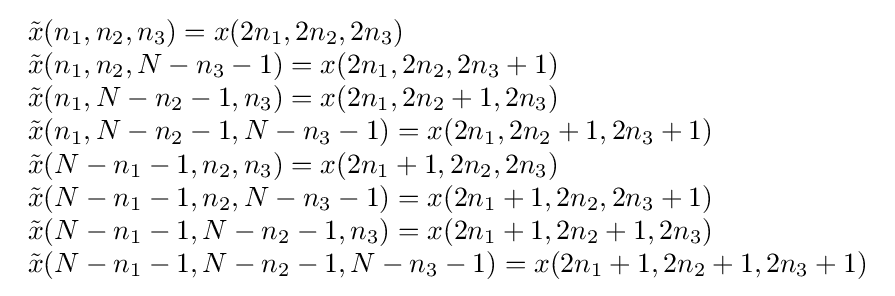
{\begin{array}{lcl}{\tilde {x}}(n_{1},n_{2},n_{3})=x(2n_{1},2n_{2},2n_{3})\\{\tilde {x}}(n_{1},n_{2},N-n_{3}-1)=x(2n_{1},2n_{2},2n_{3}+1)\\{\tilde {x}}(n_{1},N-n_{2}-1,n_{3})=x(2n_{1},2n_{2}+1,2n_{3})\\{\tilde {x}}(n_{1},N-n_{2}-1,N-n_{3}-1)=x(2n_{1},2n_{2}+1,2n_{3}+1)\\{\tilde {x}}(N-n_{1}-1,n_{2},n_{3})=x(2n_{1}+1,2n_{2},2n_{3})\\{\tilde {x}}(N-n_{1}-1,n_{2},N-n_{3}-1)=x(2n_{1}+1,2n_{2},2n_{3}+1)\\{\tilde {x}}(N-n_{1}-1,N-n_{2}-1,n_{3})=x(2n_{1}+1,2n_{2}+1,2n_{3})\\{\tilde {x}}(N-n_{1}-1,N-n_{2}-1,N-n_{3}-1)=x(2n_{1}+1,2n_{2}+1,2n_{3}+1)\\\end{array}}